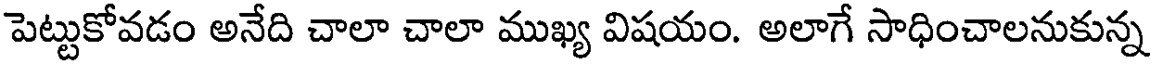
పెట్టుకోవడం అనేది చాలా చాలా ముఖ్య విషయం. అలాగే సాధించాలనుకున్న